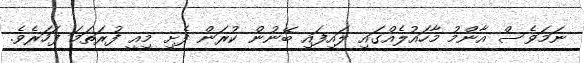
ނަމަވެސް އާންމު މާހައުލެއްގައި ލައިފައި ބޭނުން ކުރަން ފެށި މިއީ ފުރަތަމަ ފަހަރެވެ.